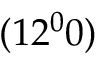
( 1 2 ^ { 0 } 0 )